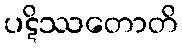
ပဋိဿတောတိ